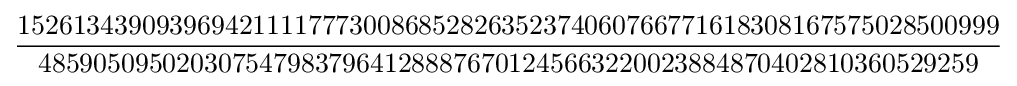
{\frac {15261343909396942111177730086852826352374060766771618308167575028500999}{48590509502030754798379641288876701245663220023884870402810360529259}}